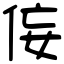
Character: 侫